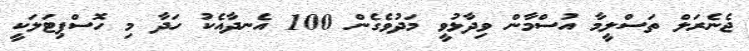
ޖެނެރަލް ތަސްލީމާ އުސްމާން ވިދާޅުވީ މަދުވެގެން 100 އެނދާއެކު ހަދާ މި ހޮސްޕިޓަލަކީ